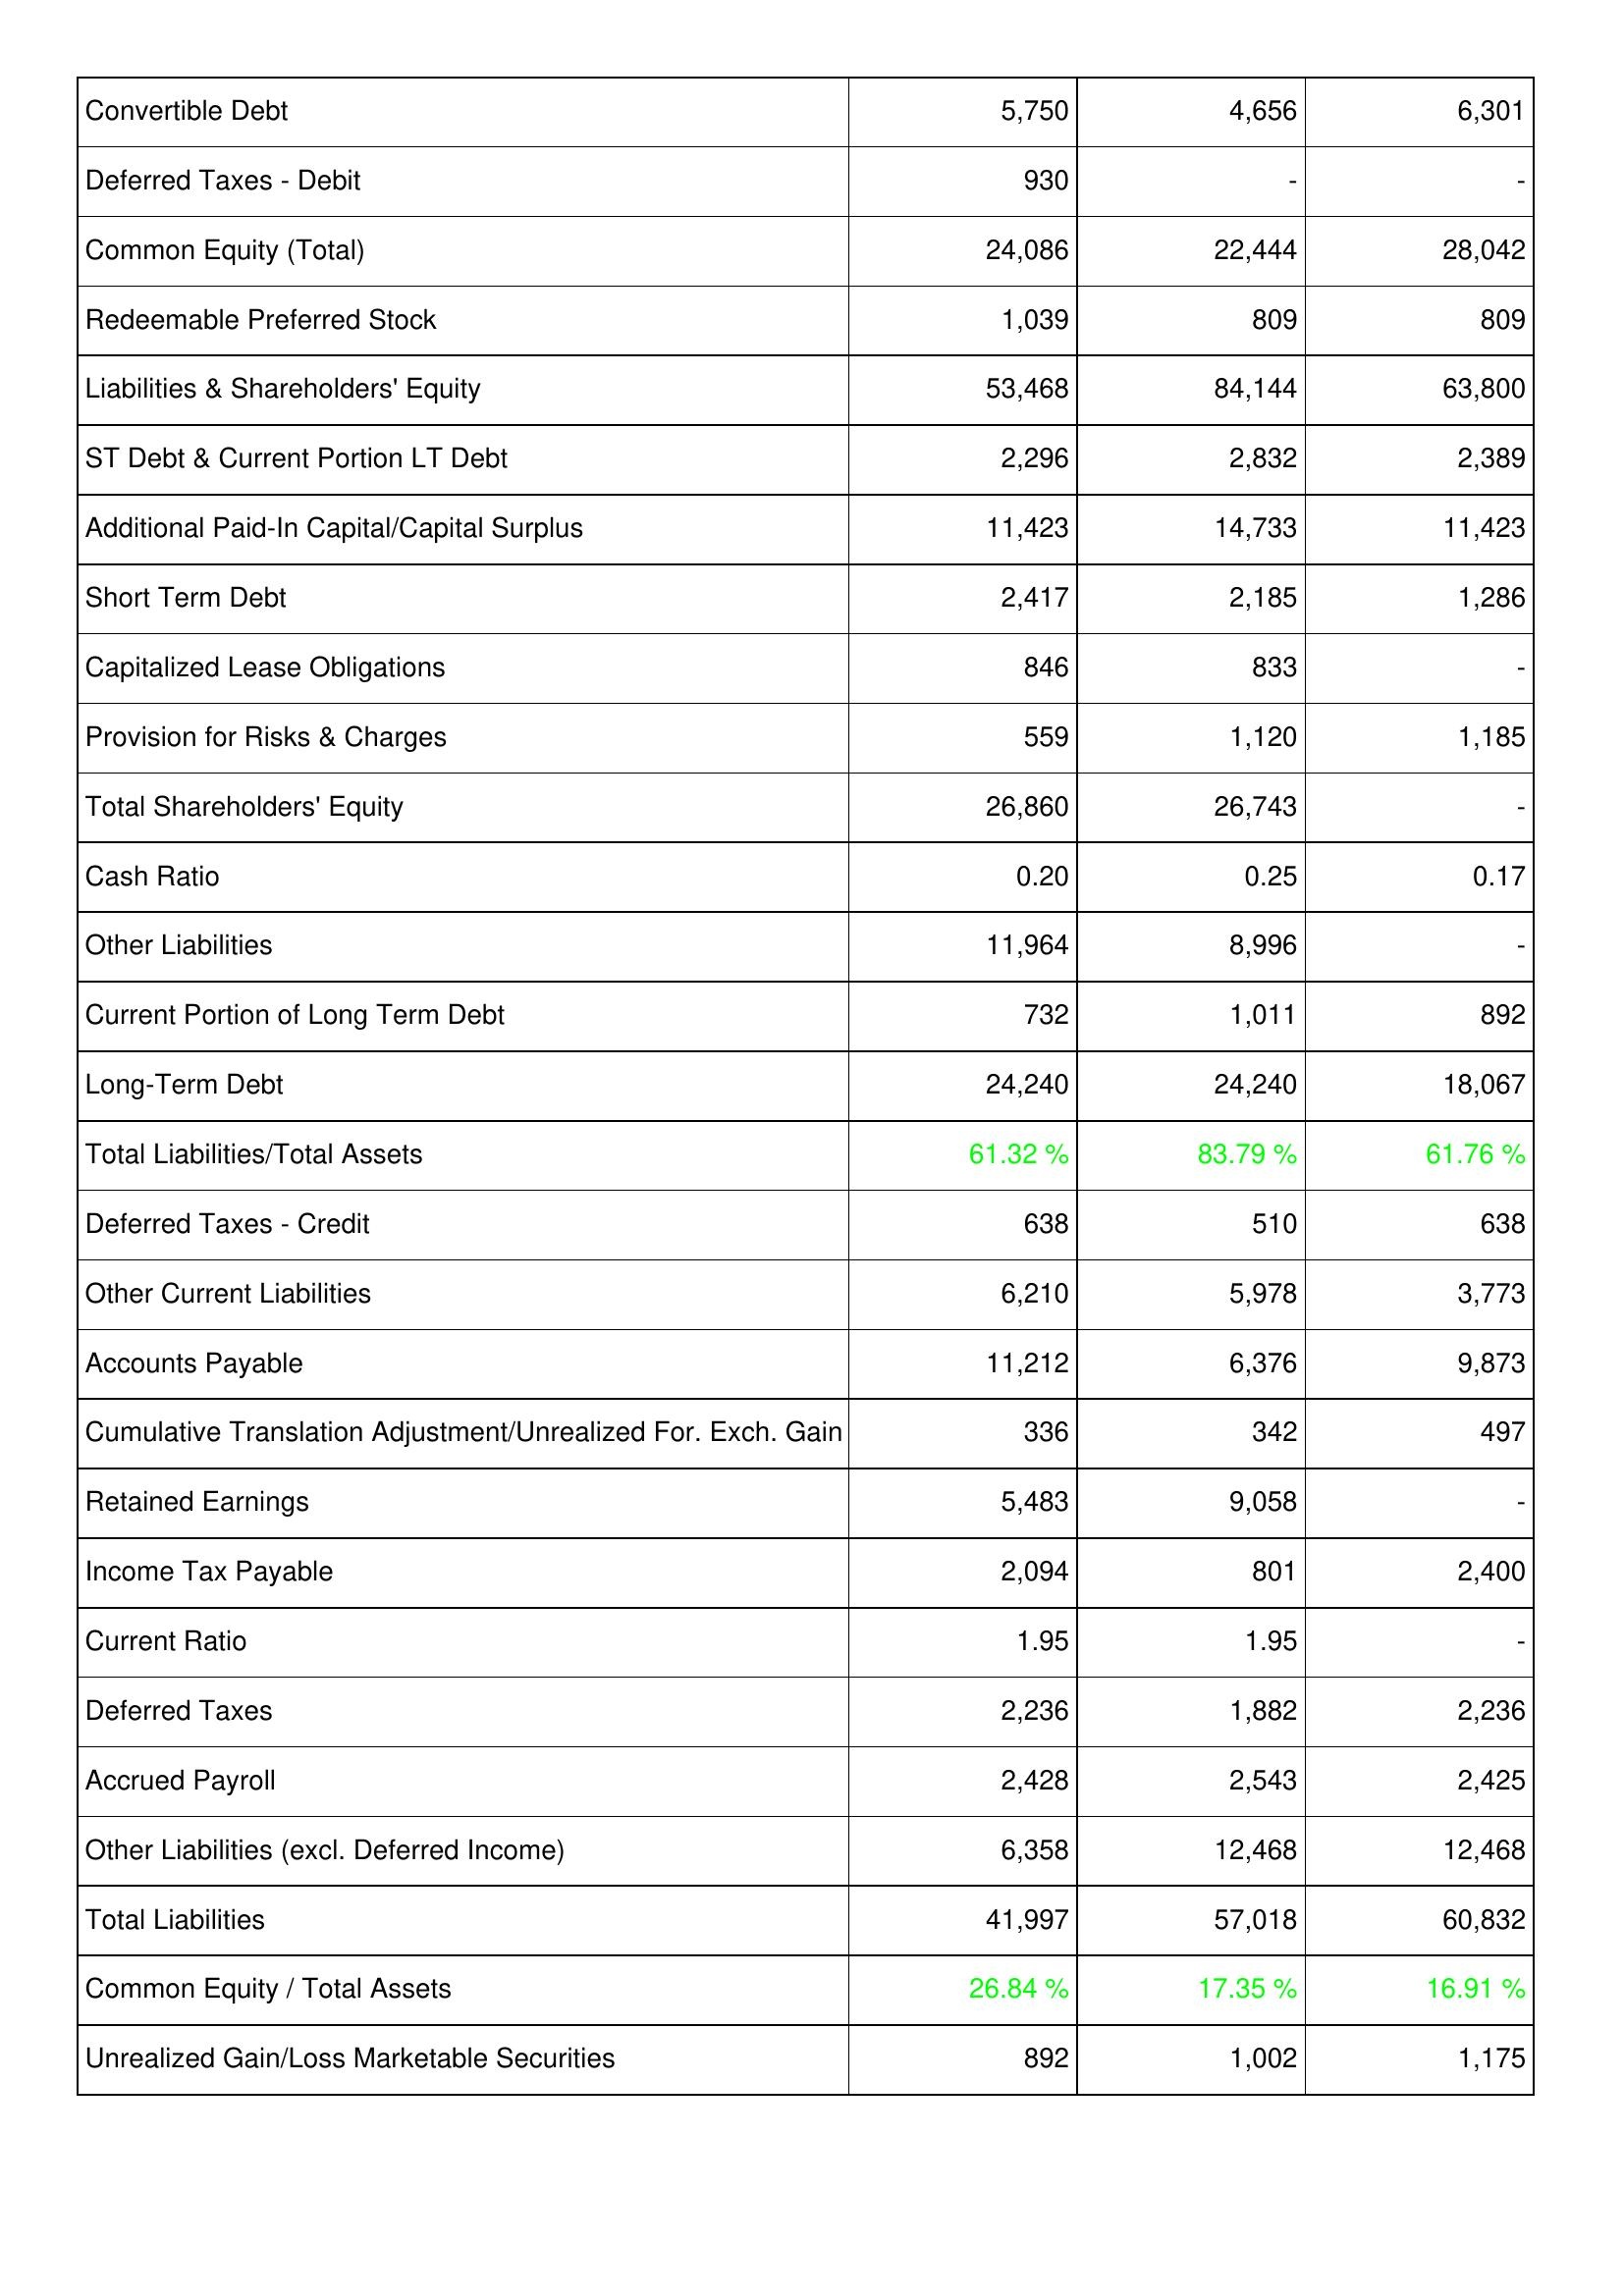
2013: Liabilities & Shareholders' Equity: Convertible Debt: 5,750
Deferred Taxes - Debit: 930
Common Equity (Total): 24,086
Redeemable Preferred Stock: 1,039
Liabilities & Shareholders' Equity: 53,468
ST Debt & Current Portion LT Debt: 2,296
Additional Paid-In Capital/Capital Surplus: 11,423
Short Term Debt: 2,417
Capitalized Lease Obligations: 846
Provision for Risks & Charges: 559
Total Shareholders' Equity: 26,860
Cash Ratio: 0.20
Other Liabilities: 11,964
Current Portion of Long Term Debt: 732
Long-Term Debt: 24,240
Total Liabilities/Total Assets: 61.32 %
Deferred Taxes - Credit: 638
Other Current Liabilities: 6,210
Accounts Payable: 11,212
Cumulative Translation Adjustment/Unrealized For. Exch. Gain: 336
Retained Earnings: 5,483
Income Tax Payable: 2,094
Current Ratio: 1.95
Deferred Taxes: 2,236
Accrued Payroll: 2,428
Other Liabilities (excl. Deferred Income): 6,358
Total Liabilities: 41,997
Common Equity / Total Assets: 26.84 %
Unrealized Gain/Loss Marketable Securities: 892
2014: Liabilities & Shareholders' Equity: Convertible Debt: 4,656
Deferred Taxes - Debit: -
Common Equity (Total): 22,444
Redeemable Preferred Stock: 809
Liabilities & Shareholders' Equity: 84,144
ST Debt & Current Portion LT Debt: 2,832
Additional Paid-In Capital/Capital Surplus: 14,733
Short Term Debt: 2,185
Capitalized Lease Obligations: 833
Provision for Risks & Charges: 1,120
Total Shareholders' Equity: 26,743
Cash Ratio: 0.25
Other Liabilities: 8,996
Current Portion of Long Term Debt: 1,011
Long-Term Debt: 24,240
Total Liabilities/Total Assets: 83.79 %
Deferred Taxes - Credit: 510
Other Current Liabilities: 5,978
Accounts Payable: 6,376
Cumulative Translation Adjustment/Unrealized For. Exch. Gain: 342
Retained Earnings: 9,058
Income Tax Payable: 801
Current Ratio: 1.95
Deferred Taxes: 1,882
Accrued Payroll: 2,543
Other Liabilities (excl. Deferred Income): 12,468
Total Liabilities: 57,018
Common Equity / Total Assets: 17.35 %
Unrealized Gain/Loss Marketable Securities: 1,002
2015: Liabilities & Shareholders' Equity: Convertible Debt: 6,301
Deferred Taxes - Debit: -
Common Equity (Total): 28,042
Redeemable Preferred Stock: 809
Liabilities & Shareholders' Equity: 63,800
ST Debt & Current Portion LT Debt: 2,389
Additional Paid-In Capital/Capital Surplus: 11,423
Short Term Debt: 1,286
Capitalized Lease Obligations: -
Provision for Risks & Charges: 1,185
Total Shareholders' Equity: -
Cash Ratio: 0.17
Other Liabilities: -
Current Portion of Long Term Debt: 892
Long-Term Debt: 18,067
Total Liabilities/Total Assets: 61.76 %
Deferred Taxes - Credit: 638
Other Current Liabilities: 3,773
Accounts Payable: 9,873
Cumulative Translation Adjustment/Unrealized For. Exch. Gain: 497
Retained Earnings: -
Income Tax Payable: 2,400
Current Ratio: -
Deferred Taxes: 2,236
Accrued Payroll: 2,425
Other Liabilities (excl. Deferred Income): 12,468
Total Liabilities: 60,832
Common Equity / Total Assets: 16.91 %
Unrealized Gain/Loss Marketable Securities: 1,175